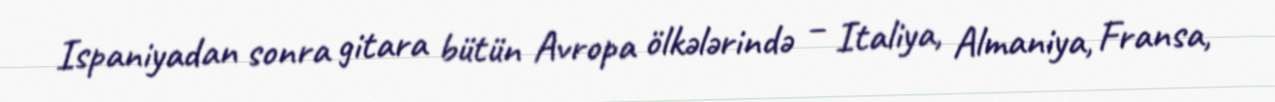
Ispaniyadan sonra gitara bütün Avropa ölkələrində – Italiya, Almaniya, Fransa,